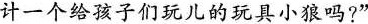
计一个给孩子们玩儿的玩具小狼吗?”